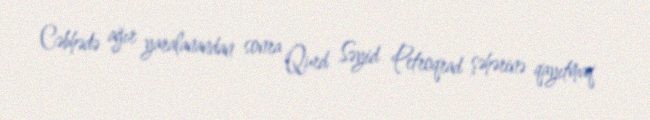
Cəbhədə ağır yaralanandan sonra Qurd Səyid Petroqrad şəhərinə qayıtmaq